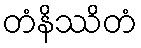
တံနိဿိတံ